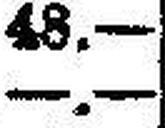
—.—